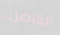
الفاصل